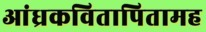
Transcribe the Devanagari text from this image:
आंध्रकवितापितामह